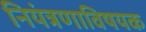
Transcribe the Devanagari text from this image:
नियंत्रणाविषयक